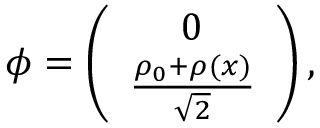
{ \phi } = \left( \begin{array} { c l } { { 0 } } \\ { { \frac { \rho _ { 0 } + \rho ( x ) } { \sqrt { 2 } } } } \end{array} \right) ,